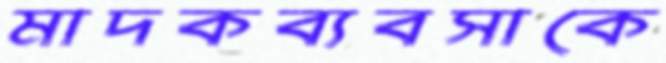
মাদকব্যবসাকে